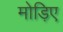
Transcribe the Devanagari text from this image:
मोड़िए